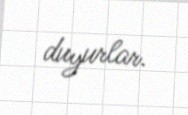
duyurlar.